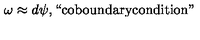
\omega \approx d \psi , \mathrm { ` ` c o b o u n d a r y c o n d i t i o n " }